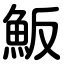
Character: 魬